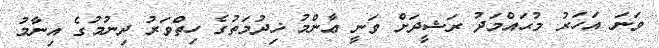
ވަނަ އަހަރު މުޙައްމަދު ރަޝީދަށް ވަނީ ޢާންމު ޚިދުމަތުގެ ހިތްވަރު ދިނުމުގެ އިނާމު